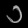
Digit: ၁